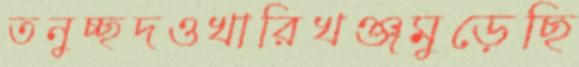
তনুচ্ছদওখারিখঞ্জমুড়েছি